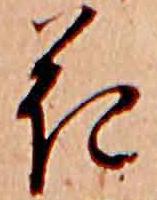
花